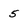
Character: 5